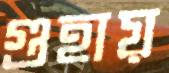
গুহায়